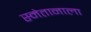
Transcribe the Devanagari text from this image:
स्मेतानाला